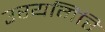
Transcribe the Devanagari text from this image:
उरयगिरि